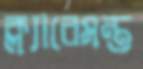
ক্ল্যারেমন্ত